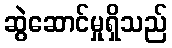
ဆွဲဆောင်မှုရှိသည်